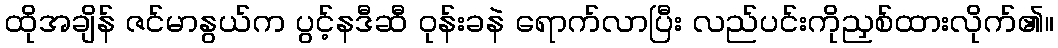
ထိုအချိန် ဇင်မာနွယ်က ပွင့်နဒီဆီ ဝုန်းခနဲ ရောက်လာပြီး လည်ပင်းကိုညှစ်ထားလိုက်၏။